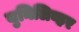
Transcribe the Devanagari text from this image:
युनिलिव्हर